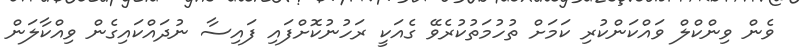
ވެން ވިންކްލް ވައްކަންކުރި ކަމަށް ތުހުމަތުކުރެވޭ ގެއަކީ ރަހުނުކޮށްފައި ފައިސާ ނުދައްކައިގެން ވިއްކާލަން